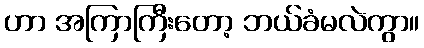
ဟာ အကြာကြီးတော့ ဘယ်ခံမလဲကွာ။